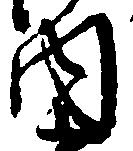
内